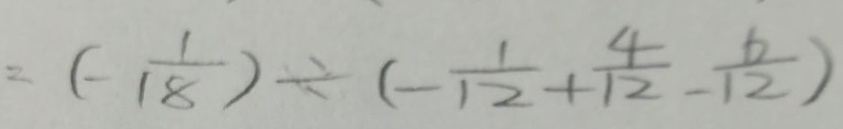
= ( - \frac { 1 } { 1 8 } ) \div ( - \frac { 1 } { 1 2 } + \frac { 4 } { 1 2 } - \frac { 6 } { 1 2 } )